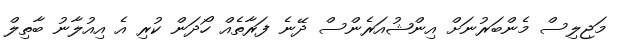
މަޖިލިސް މެންބަރުނަށް އިންޝުއަރެންސް ދޭނެ ފަރާތެއް ހޯދަން ކުރި އެ އިއުލާނު ބާތިލް